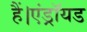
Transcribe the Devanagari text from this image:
हैं।एंड्रॉयड